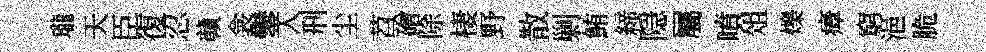
瓏天臣復忍贛衾鑾入刑尘苕磳除棲野散剿鮪締隠屬噴俎爍瘴窮浥脆